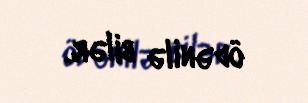
ödənilə bilər.